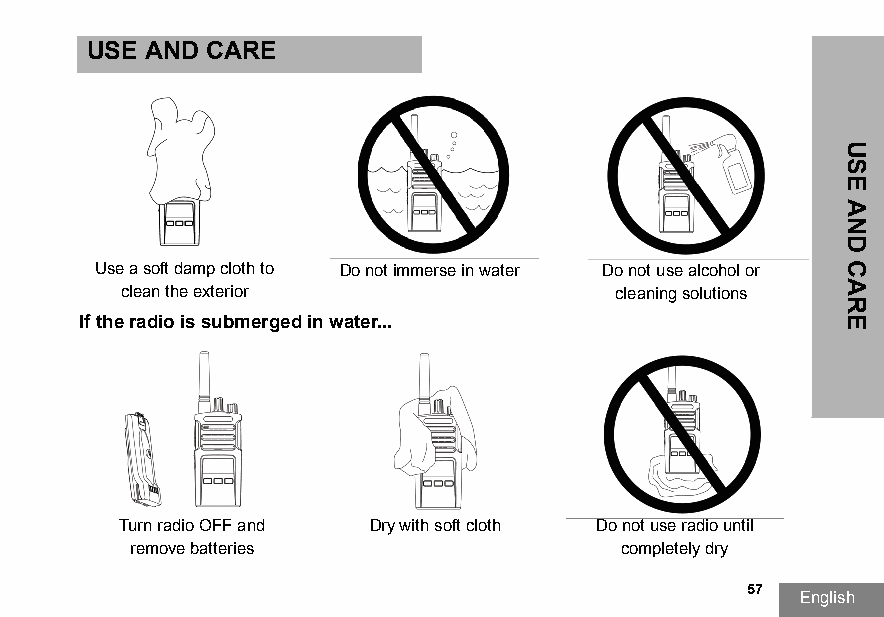
USE AND CARE
 Use a soft damp cloth to Do not immerse in water Do not use alcohol or
 clean the exterior               cleaning solutions
 If the radio is submerged in water...
 Turn radio OFF and Dry with soft cloth Do not use radio until
 remove batteries                completely dry
 57
 English
 USE
 AND
 CARE